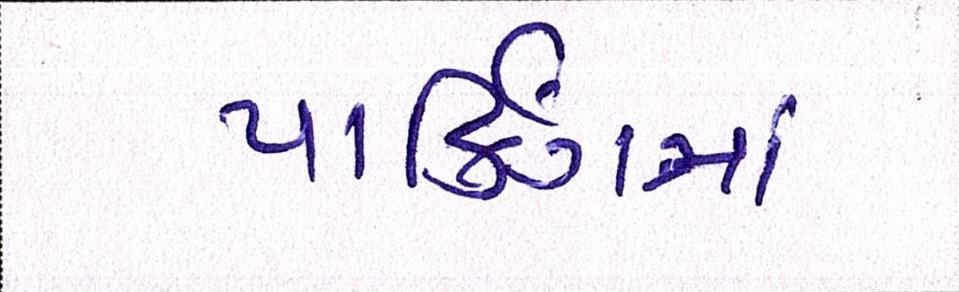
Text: પાર્કિંગમાં